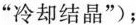
”冷却结晶”)；